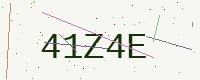
Text: 41Z4E